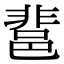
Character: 𨛬